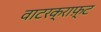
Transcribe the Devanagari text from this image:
वाटरक्राफ़्ट